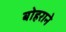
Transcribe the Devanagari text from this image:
बोहराने